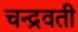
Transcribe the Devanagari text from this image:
चन्द्रवती